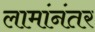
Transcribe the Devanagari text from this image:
लामांनंतर